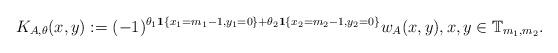
LaTeX: \begin{align*} K_{A,\theta} (x,y) := (-1)^{ \theta_1 \mathbf{1}\{x_1 = m_1-1, y_1 = 0\} + \theta_2 \mathbf{1}\{ x_2 = m_2 - 1, y_2 = 0\} } w_A(x,y), x,y \in \mathbb{T}_{m_1,m_2}.\end{align*}